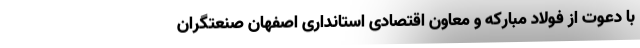
با دعوت از فولاد مبارکه و معاون اقتصادی استانداری اصفهان صنعتگران